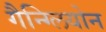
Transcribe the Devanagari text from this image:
गैन्ग्लियोन